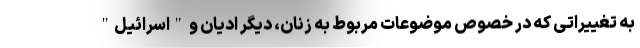
به تغییراتی که در خصوص موضوعات مربوط به زنان، دیگر ادیان و "اسرائیل"